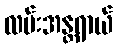
လမ်းအန္တရာယ်